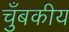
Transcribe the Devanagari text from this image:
चुँबकीय